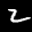
Label: 2